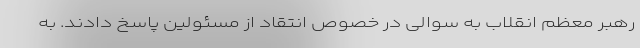
رهبر معظم انقلاب به سوالی در خصوص انتقاد از مسئولین پاسخ دادند. به